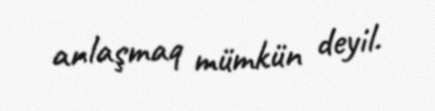
anlaşmaq mümkün deyil.